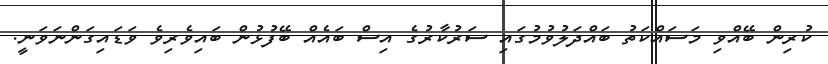
ކުރިން ބޭއްވި މަސައްކަތު ބައްދަލުވުމުގައި ސަރުކާރުގެ އިސް ބައެއް ބޭފުޅުން ބައިވެރިވެ ވަޑައިގަންނަވަނީ.